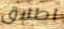
اطلاق